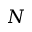
N